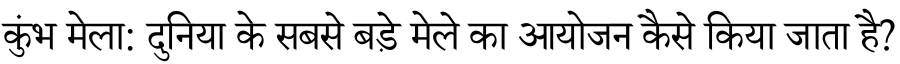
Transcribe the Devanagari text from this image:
कुंभ मेला: दुनिया के सबसे बड़े मेले का आयोजन कैसे किया जाता है?